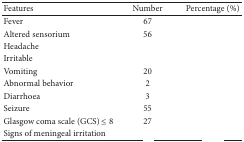
<table><thead><tr><td><b>Features</b></td><td><b>Number</b></td><td><b>Percentage (%)</b></td></tr></thead><tbody><tr><td>Fever</td><td>67</td><td>[EMPTY_CELL]</td></tr><tr><td>Altered sensorium</td><td>56</td><td>[EMPTY_CELL]</td></tr><tr><td>Headache</td><td>[EMPTY_CELL]</td><td>[EMPTY_CELL]</td></tr><tr><td>Irritable</td><td>[EMPTY_CELL]</td><td>[EMPTY_CELL]</td></tr><tr><td>Vomiting</td><td>20</td><td>[EMPTY_CELL]</td></tr><tr><td>Abnormal behavior</td><td>2</td><td>[EMPTY_CELL]</td></tr><tr><td>Diarrhoea</td><td>3</td><td>[EMPTY_CELL]</td></tr><tr><td>Seizure</td><td>55</td><td>[EMPTY_CELL]</td></tr><tr><td>Glasgow coma scale (GCS) ≤ 8</td><td>27</td><td>[EMPTY_CELL]</td></tr><tr><td>Signs of meningeal irritation</td><td>[EMPTY_CELL]</td><td>[EMPTY_CELL]</td></tr></tbody></table>